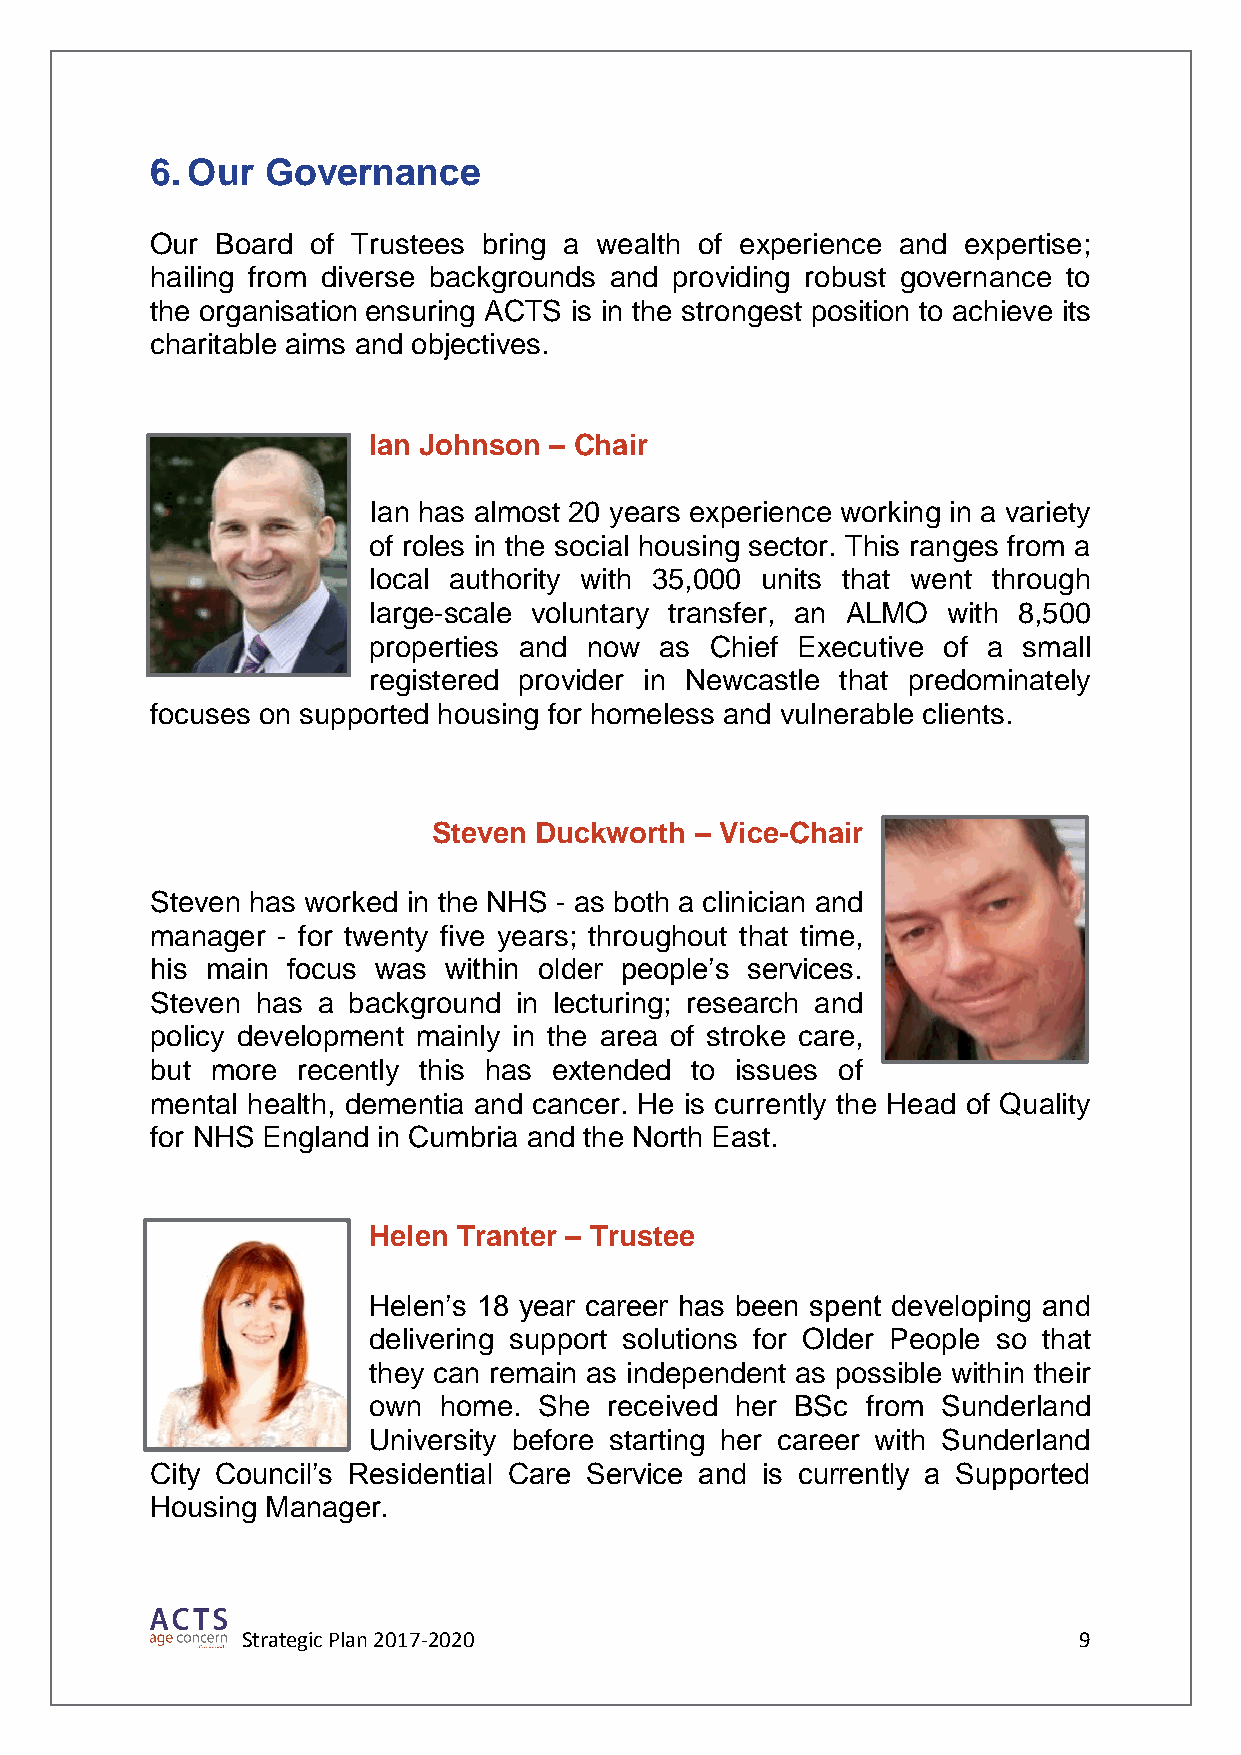
6. Our  Governance
 Our Board  of Trustees bring a wealth of experience and expertise;
 hailing from diverse backgrounds and providing robust governance to
 the organisation ensuring ACTS is in the strongest position to achieve its
 charitable aims and objectives.
 Ian Johnson – Chair
 Ian has almost 20 years experience working in a variety
 of roles in the social housing sector. This ranges from a
 local authority with 35,000 units that went through
 large-scale voluntary transfer, an ALMO with 8,500
 properties and now  as Chief Executive of a small
 registered provider in Newcastle that predominately
 focuses on supported housing for homeless and vulnerable clients.
 Steven Duckworth – Vice-Chair
 Steven has worked in the NHS - as both a clinician and
 manager - for twenty five years; throughout that time,
 his main focus was within older people’s services.
 Steven has a background in lecturing; research and
 policy development mainly in the area of stroke care,
 but more  recently this has extended to issues of
 mental health, dementia and cancer. He is currently the Head of Quality
 for NHS England in Cumbria and the North East.
 Helen Tranter – Trustee
 Helen’s 18 year career has been spent developing and
 delivering support solutions for Older People so that
 they can remain as independent as possible within their
 own  home.  She received her BSc from Sunderland
 University before starting her career with Sunderland
 City Council’s Residential Care Service and is currently a Supported
 Housing Manager.
 Strategic Plan 2017-2020                               9